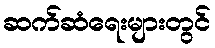
ဆက်ဆံရေးများတွင်